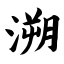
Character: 溯